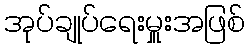
အုပ်ချုပ်ရေးမှူးအဖြစ်